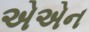
એએન